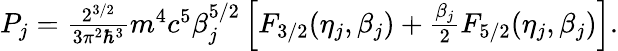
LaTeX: \begin{array}{r}{{P}_{j}=\frac{2^{3/2}}{3\pi^{2}\hbar^{3}}m^{4}c^{5}\beta_{j}^{5/2}\left[F_{3/2}(\eta_{j},\beta_{j})+\frac{\beta_{j}}{2}F_{5/2}(\eta_{j},\beta_{j})\right].}\end{array}